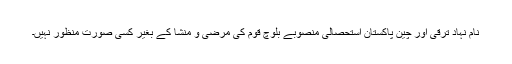
نام نہاد ترقی اور چین پاکستان استحصالی منصوبے بلوچ قوم کی مرضی و منشا کے بغیر کسی صورت منظور نہیں۔